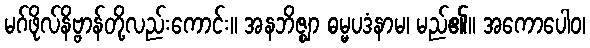
မဂ်ဖိုလ်နိဗ္ဗာန်တို့လည်းကောင်း။ အနဘိဇ္ဈာ ဓမ္မပဒံနာမ၊ မည်၏။ အကောပေါဝ၊